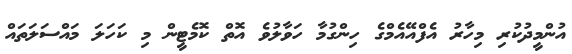
އުންމީދުކުރި މިހާރު އެފްއޭއެމްގެ ހިންގުމާ ހަވާލުވެ އޮތް ކޮމެޓީން މި ކަހަލަ މައްސަލަތައް